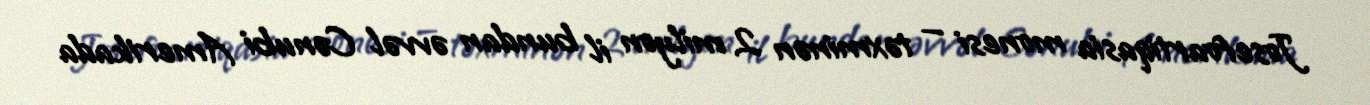
Josefoartiqasia monesi — təxminən 2 milyon il bundan əvvəl Cənubi Amerikada